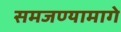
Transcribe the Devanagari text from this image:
समजण्यामागे